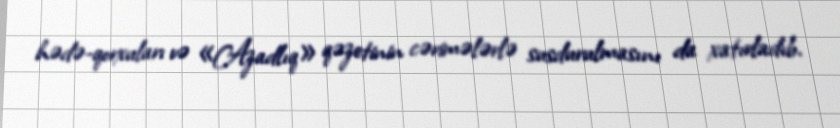
hədə-qorxuları və «Azadlıq» qəzetinin cərimələrlə susdurulmasını da xatırladıb.